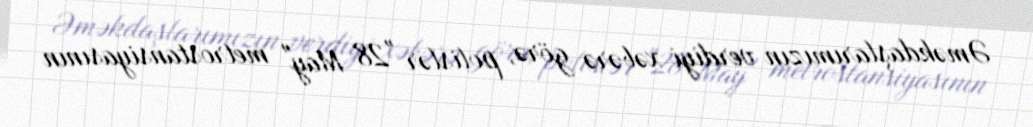
Əməkdaşlarımızın verdiyi xəbərə görə, polislər "28 May" metrostansiyasının